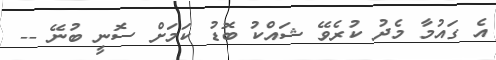
އެ ގައުމާ މެދު ކުރެވޭ ޝައްކު ބޮޑު ކަމަށް ސޮނީ ބުނޭ --